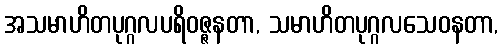
အသမာဟိတပုဂ္ဂလပရိဝဇ္ဇနတာ, သမာဟိတပုဂ္ဂလသေဝနတာ,